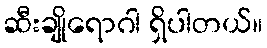
ဆီးချိုရောဂါ ရှိပါတယ်။